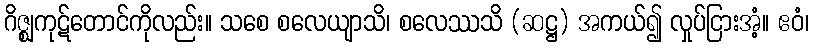
ဂိဇ္ဈကုဋ်တောင်ကိုလည်း။ သစေ စလေယျာသိ၊ စလေဿသိ (ဆဋ္ဌ) အကယ်၍ လှုပ်ငြားအံ့။ ဧဝံ၊